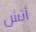
أتش